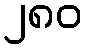
၂၈၀